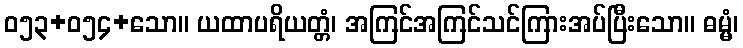
ဝ၅၃+၀၅၄+သော။ ယထာပရိယတ္တံ၊ အကြင်အကြင်သင်ကြားအပ်ပြီးသော။ ဓမ္မံ၊